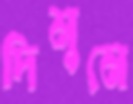
দিমুনে